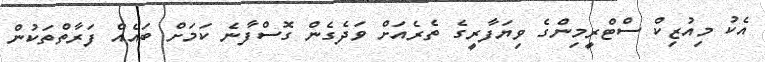
އެކު މިއުޒިކް ސްޓްރީމިންގެ ވިޔަފާރީގެ ތެރެއަށް ވަދެގެން ގޮސްފާނެ ކަމަށް ބައެއް ފަރާތްތަކުން